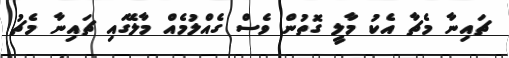
ޗައިނާ މެޗާ އެކު މާލީ ގޮތުން ވެސް ގެއްލުމެއް މާލޭގައި ޗައިނާ މެޗު